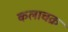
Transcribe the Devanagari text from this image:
कलाचक्र